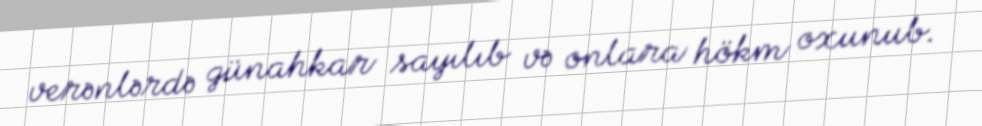
verənlərdə günahkar sayılıb və onlara hökm oxunub.